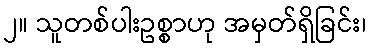
၂။ သူတစ်ပါးဥစ္စာဟု အမှတ်ရှိခြင်း၊